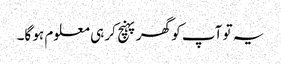
یہ تو آپ کو گھر پہنچ کر ہی معلوم ہو گا۔